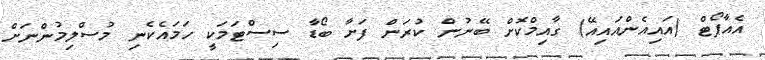
އެއާޕޯޓް (އައިއެންއައިއޭ) ގާއިމްކޮށް ބޭނުން ކުރަން ފަށާ ބޯޑާ ސިސްޓަމަކީ ހަމައެކެނި މުސްލިމުންނަށް